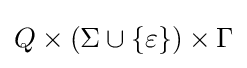
Q\times (\Sigma \cup \{\varepsilon \})\times \Gamma